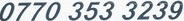
0770 353 3239